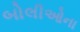
બોલીઓના